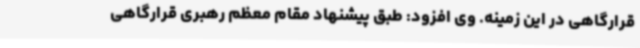
قرارگاهی در این زمینه. وی افزود: طبق پیشنهاد مقام معظم رهبری قرارگاهی